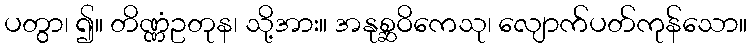
ပတွာ၊ ၍။ တိဏ္ဏံဥတုန၊ သို့အား။ အနုစ္ဆဝိကေသု၊ လျောက်ပတ်ကုန်သော။